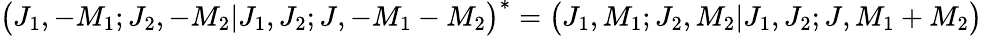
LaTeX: \bigl(J_{1},-M_{1};J_{2},-M_{2}\vert J_{1},J_{2};J,-M_{1}-M_{2}\bigr)^{*}=\bigl(J_{1},M_{1};J_{2},M_{2}\vert J_{1},J_{2};J,M_{1}+M_{2}\bigr)